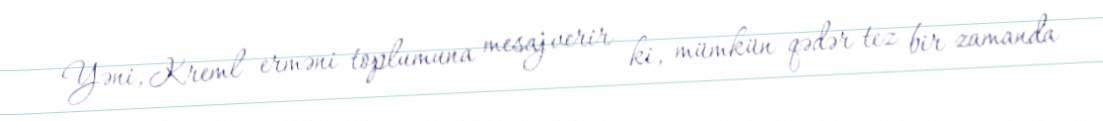
Yəni, Kreml erməni toplumuna mesaj verir ki, mümkün qədər tez bir zamanda